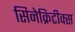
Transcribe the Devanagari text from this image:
सिनेक्रिटीक्स